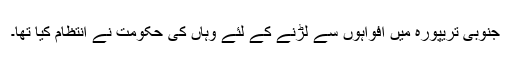
جنوبی تریپورہ میں افواہوں سے لڑنے کے لئے وہاں کی حکومت نے انتظام کیا تھا۔